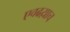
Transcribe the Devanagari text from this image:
एवढय़ाच